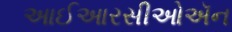
આઈઆરસીઓઍન